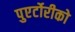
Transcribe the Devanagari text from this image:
पुएर्टोरीको